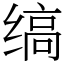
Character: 缟